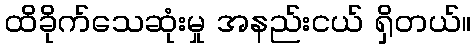
ထိခိုက်သေဆုံးမှု အနည်းငယ် ရှိတယ်။